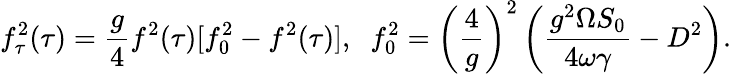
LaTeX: f_{\tau}^{2}(\tau)=\frac{g}{4}f^{2}(\tau)[f_{0}^{2}-f^{2}(\tau)],\; \; f_{0}^{2}=\left(\frac{4}{g}\right)^{2}\left(\frac{g^{2}\Omega S_{0}}{4\omega\gamma}-D^{2}\right).